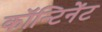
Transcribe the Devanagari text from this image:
कॉन्टिनेंट